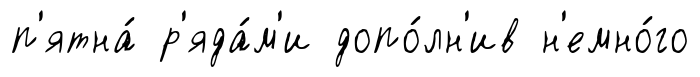
п'ятна́ р'яда́м'и допо́лн'ив н'емно́го